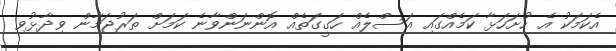
އެކަމަކު އެ ހުށަހަޅާ ކަމެއްގައި އަސްލެއް ހަގީގަތެއް އޮންނަންވާނެ ކަމަށް ތަރުޖަމާން ވިދާޅުވި